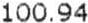
100.94